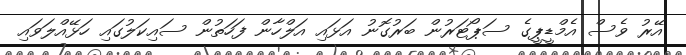
އޭރު ވެސް އެމްޑީޕީގެ ސަޕޯޓަރުން ބަރުގޮނު އަޅައި އަލްހާން ފަހަތުން ސައިކަލުގައި ހަޅޭއްލަވައި